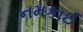
નમકાઈ